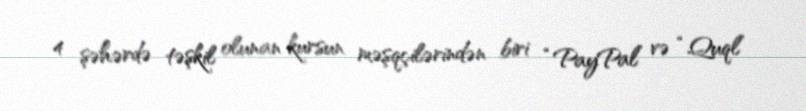
4 şəhərdə təşkil olunan kursun məşqçilərindən biri “PayPal” və “Quql”